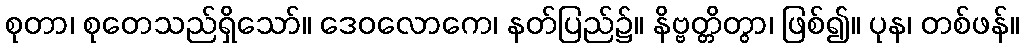
စုတာ၊ စုတေသည်ရှိသော်။ ဒေဝလောကေ၊ နတ်ပြည်၌။ နိဗ္ဗတ္တိတွာ၊ ဖြစ်၍။ ပုန၊ တစ်ဖန်။